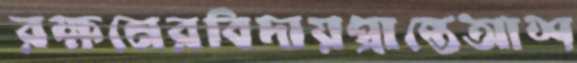
রক্ষনেরবিদায়প্রান্তেআশ